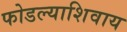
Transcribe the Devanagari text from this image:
फोडल्याशिवाय